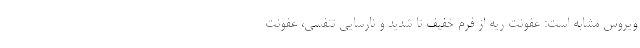
ویروس مشابه است: عفونت ریه از فرم خفیف تا شدید و نارسایی تنفسی، عفونت